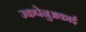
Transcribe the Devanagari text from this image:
उकपेनुअकाई